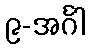
၉-အင်္ဂါ